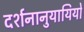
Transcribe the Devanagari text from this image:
दर्शनानुयायियों